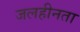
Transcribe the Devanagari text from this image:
जलहीनता